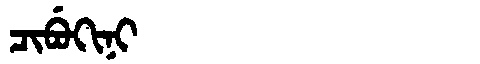
Manchu: ᠴᡳᠪᡠᡴᡳᠨᡳ
Romanization: CIBUKINI